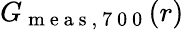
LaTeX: G_{\mathrm{~m~e~a~s~,~7~0~0~}}(r)